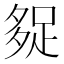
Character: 𰋓